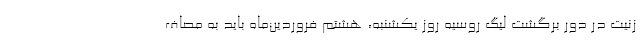
زنیت در دور برگشت لیگ روسیه روز یکشنبه، هشتم فروردین‌ماه باید به مصاف